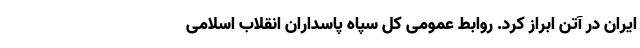
ایران در آتن ابراز کرد. روابط عمومی کل سپاه پاسداران انقلاب اسلامی